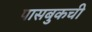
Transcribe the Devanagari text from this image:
पासबुकची